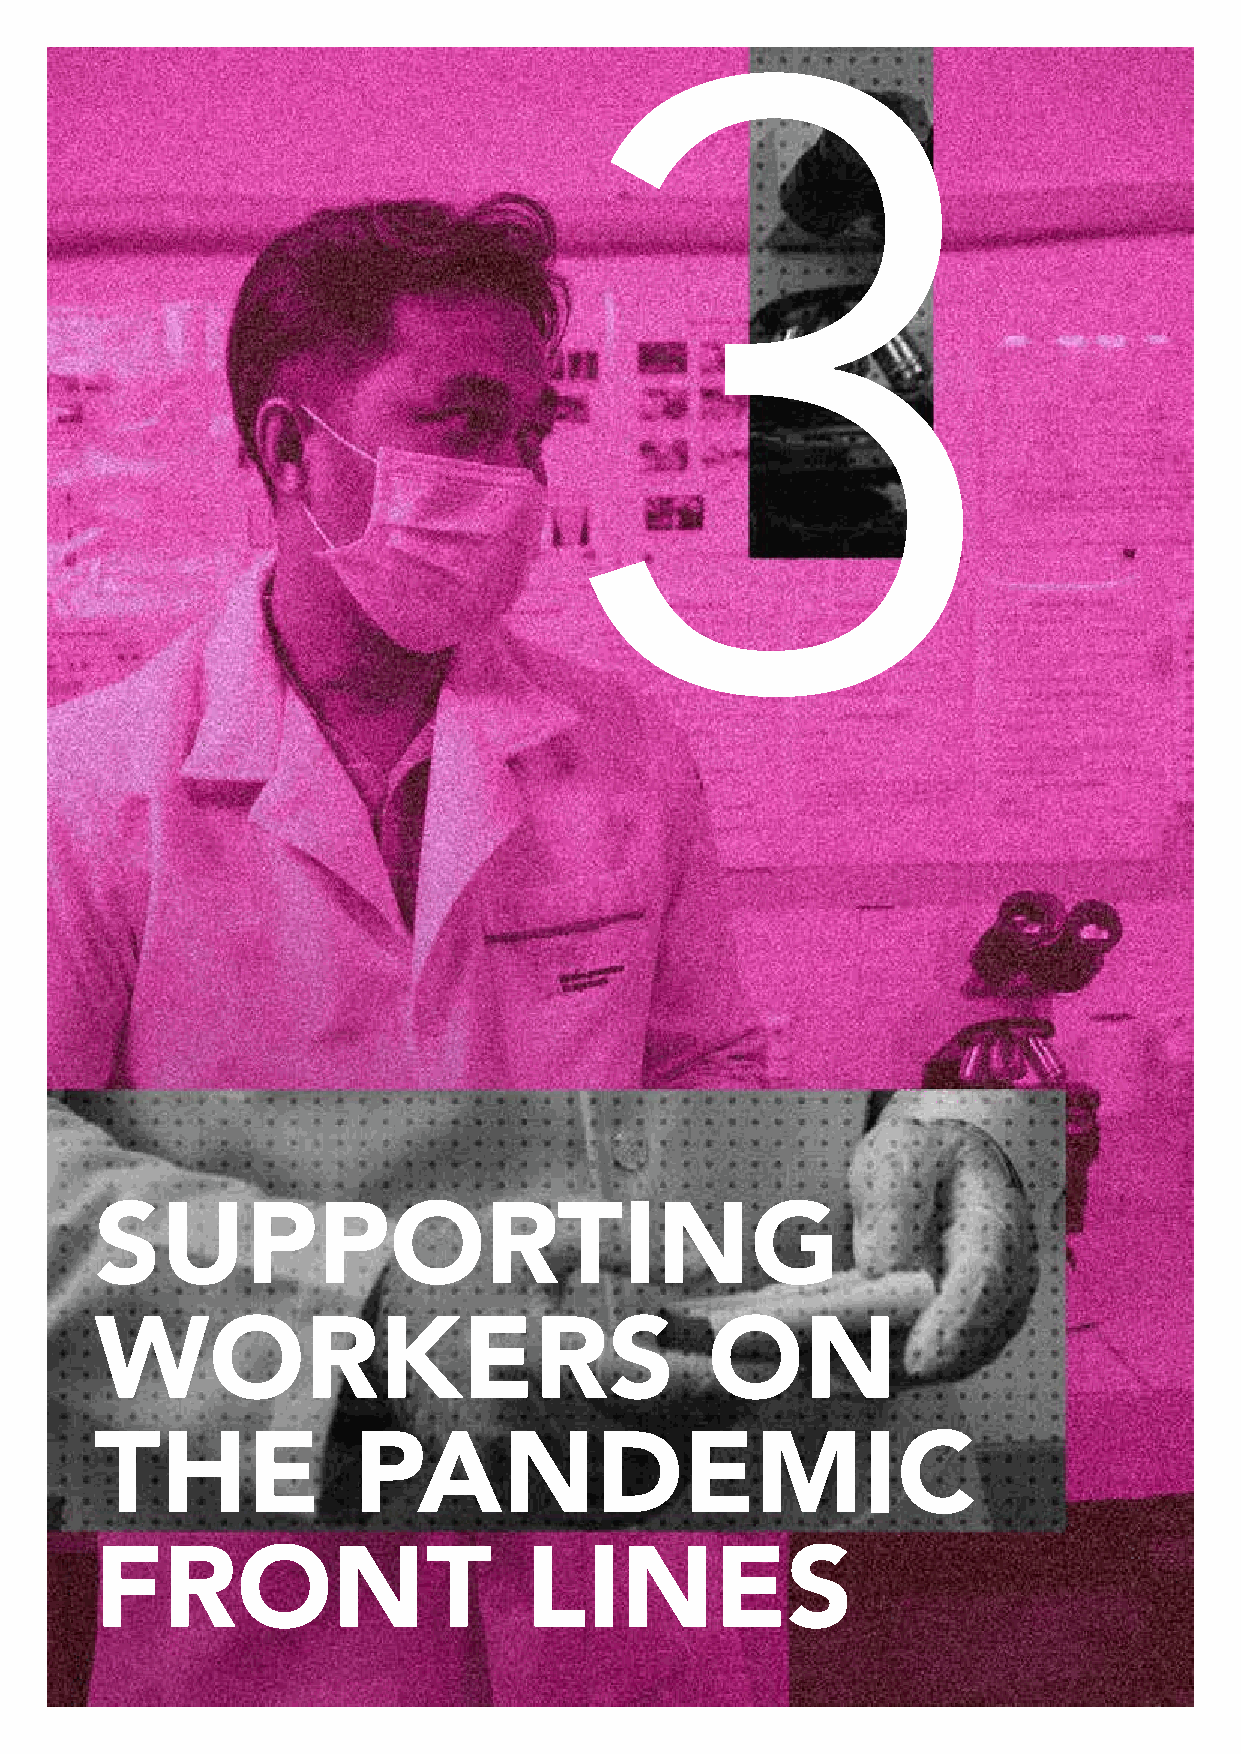
3
 SUPPORTING
 WORKERS                                  ON
 THE              PANDEMIC
 FRONT                        LINES